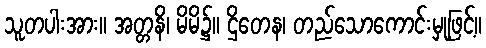
သူတပါးအား။ အတ္တနိ၊ မိမိ၌။ ဌိတေန၊ တည်သောကောင်းမှုဖြင့်။